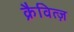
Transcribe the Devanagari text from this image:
क्रैवित्ज़